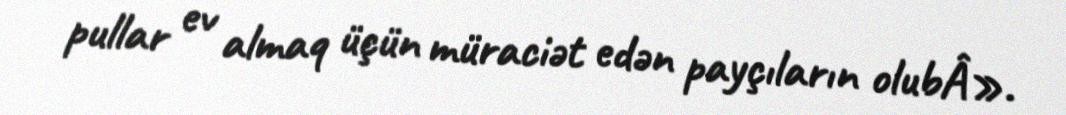
pullar ev almaq üçün müraciət edən payçıların olubÂ».